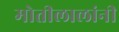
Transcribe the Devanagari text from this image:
मोतीलालांनी